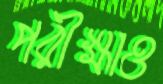
পরীক্ষাও